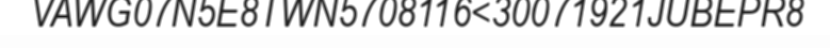
VAWG07N5E8TWN5708116<30071921JUBEPR8